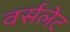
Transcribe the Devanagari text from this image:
वर्सलेट